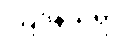
ဩဒနသုရာ